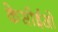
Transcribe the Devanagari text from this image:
केसीईओ